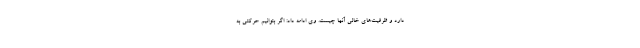
دارد و ظرفیت‌های خالی آنها چیست. وی ادامه داد: اگر بتوانیم حرکتی به